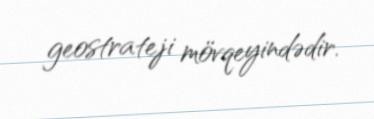
geostrateji mövqeyindədir.